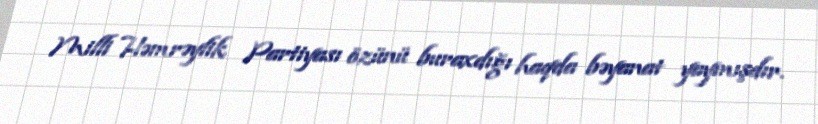
Milli Həmrəylik Partiyası özünü buraxdığı haqda bəyanat yaymışdır.